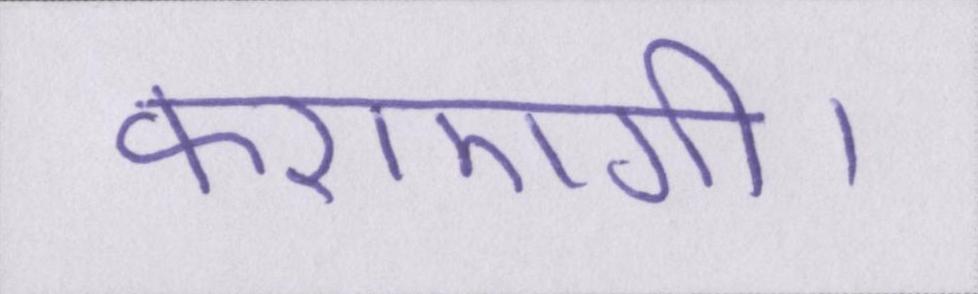
कराएगी।